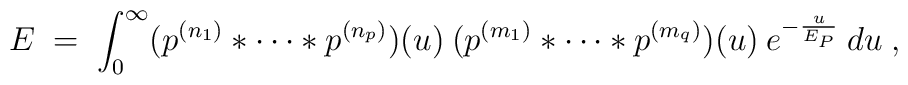
E \;=\; \int_0^\infty (p^{(n_1)} * \cdots * p^{(n_p)})(u) \:(p^{(m_1)} * \cdots * p^{(m_q)})(u) \:e^{-\frac{u}{E_P}} \:du\;,